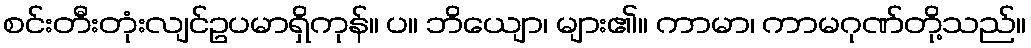
စင်းတီးတုံးလျင်ဥပမာရှိကုန်။ ပ။ ဘိယျော၊ များ၏။ ကာမာ၊ ကာမဂုဏ်တို့သည်။